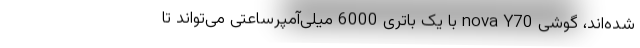
شده‌اند، گوشی nova Y70 با یک باتری 6000 میلی‌آمپرساعتی می‌تواند تا